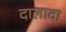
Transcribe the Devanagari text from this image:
दालादा